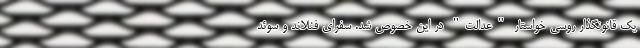
یک قانونگذار روسی خواستار "عدالت" در این خصوص شد. سفرای فنلاند و سوئد